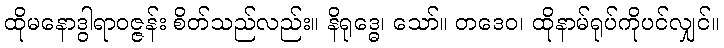
ထိုမနောဒွါရာဝဇ္ဇန်း စိတ်သည်လည်း။ နိရုဒ္ဓေ၊ သော်။ တဒေဝ၊ ထိုနာမ်ရုပ်ကိုပင်လျှင်။